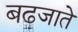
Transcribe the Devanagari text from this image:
बढजाते